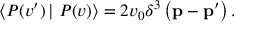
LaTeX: \left< { \cal P } ( v ^ { \prime } ) \left| \right. { \cal P } ( v ) \right> = 2 v _ { 0 } \delta ^ { 3 } \left( { \bf p - p ^ { \prime } } \right) .